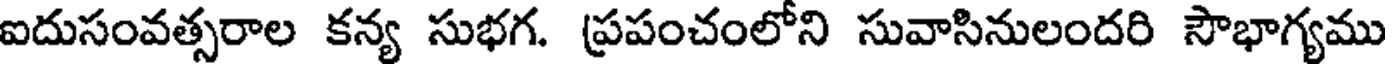
ఐదుసంవత్సరాల కన్య సుభగ. ప్రపంచంలోని సువాసినులందరి సౌభాగ్యము